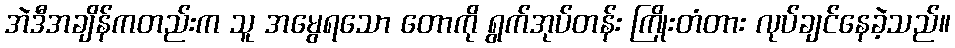
အဲဒီအချိန်ကတည်းက သူ အမွေရသော တောကို ရွက်အုပ်တန်း ကြိုးတံတား လုပ်ချင်နေခဲ့သည်။